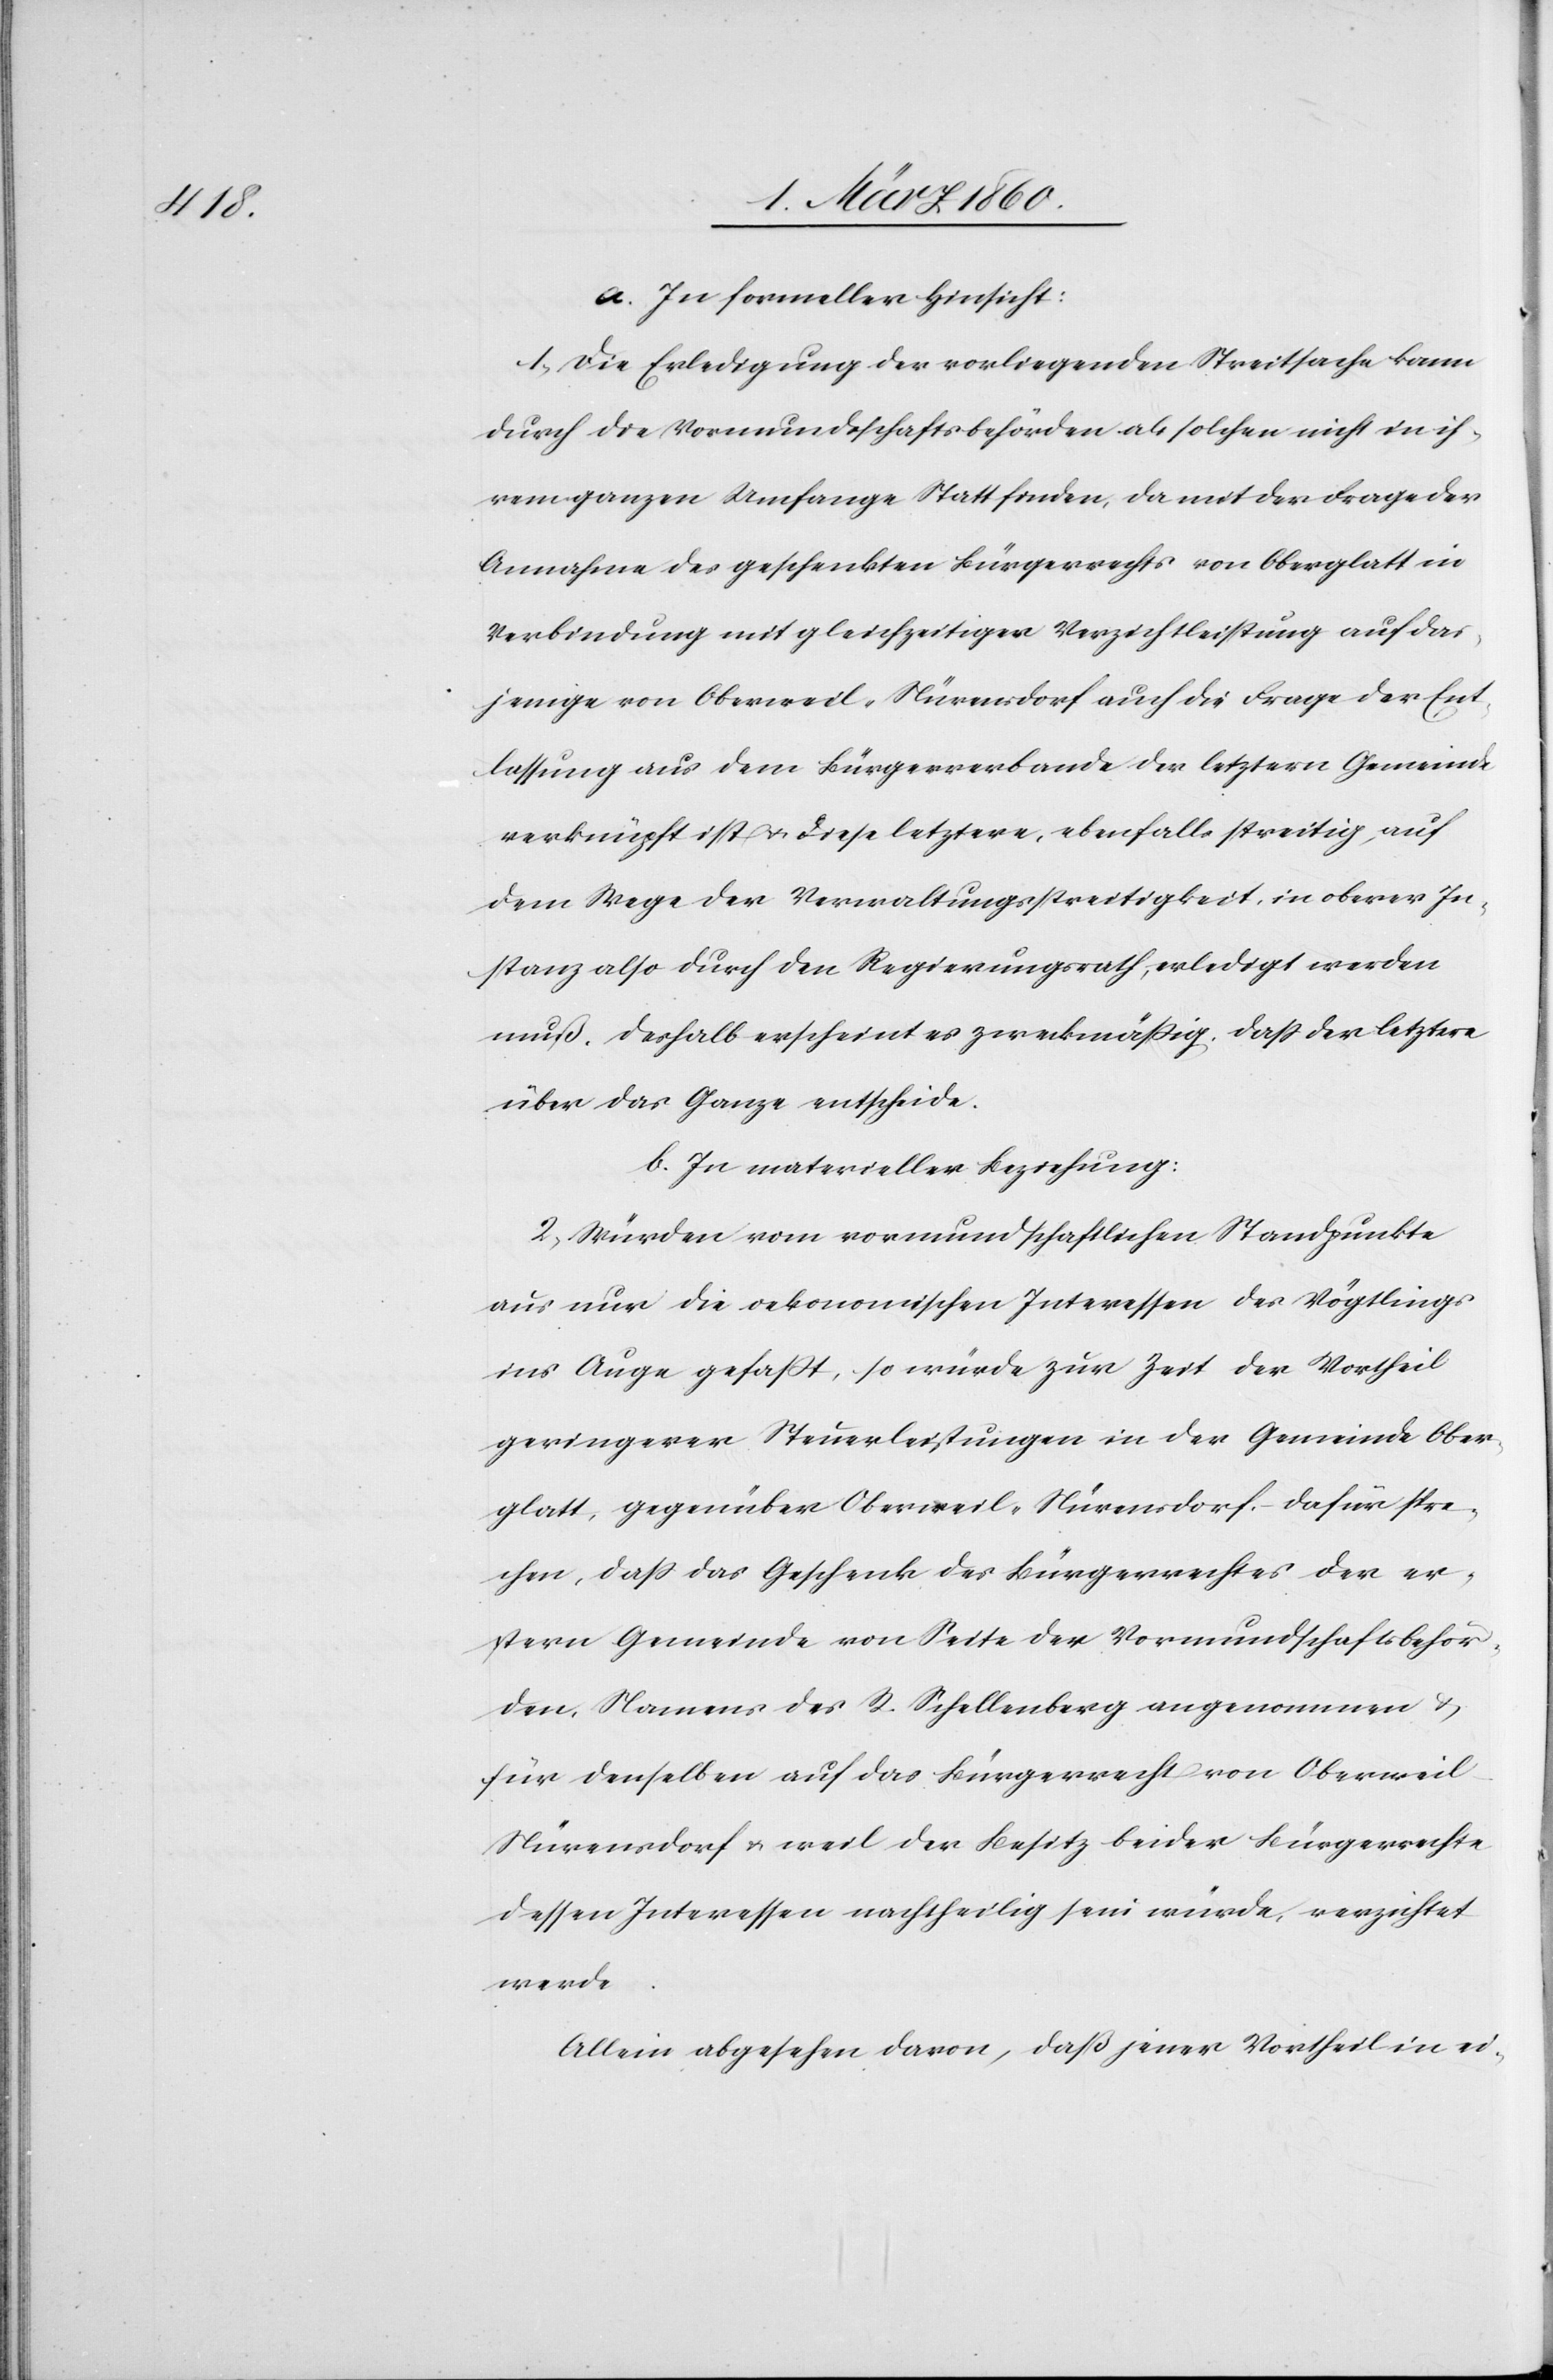
a. In formeller Hinsicht:
1. Die Erledigung der vorliegenden Streitsache kann
durch die Vormundschaftsbehörden als solchen nicht in ih¬
rem ganzen Umfange Statt finden, da mit der Frage der
Annahme des geschenkten Bürgerrechts von Oberglatt in
Verbindung mit gleichzeitiger Verzichtleistung auf das¬
jenige von Oberweil-Nürensdorf auch die Frage der Ent¬
lassung aus dem Bürgerverbande der letztern Gemeinde
verknüpft ist u. diese letztere, ebenfalls streitig, auf
dem Wege der Verwaltungsstreitigkeit, in oberer In¬
stanz also durch den Regierungsrath, erledigt werden
muß. Deshalb erscheint es zweckmässig, dass der letztere
über das Ganze entscheide.
b. In materieller Beziehung:
2. Würden vom vormundschaftlichen Standpunkte
aus nur die oekonomischen Interessen des Vögtlings
ins Auge gefasst, so würde zur Zeit der Vortheil
geringerer Steuerleistungen in der Gemeinde Ober¬
glatt, gegenüber Oberweil-Nürensdorf, dafür spre¬
chen, dass das Geschenk des Bürgerrechtes der er¬
stern Gemeinde von Seite der Vormundschaftsbehör¬
den, Namens des R. Schellenberg angenommen u.
für denselben auf das Bürgerrecht von Oberwei¬
l-Nürensdorf u. weil der Besitzt beider Bürgerrechte
dessen Interessen nachtheilig sein würde, verzichtet
werde.
Allein abgesehen davon, daß jener Vortheil in ei-